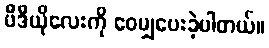
ဗီဒီယိုလေးကို ဝေမျှပေးခဲ့ပါတယ်။